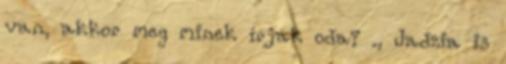
van, akkor meg minek írjak oda? ., Jadzia is